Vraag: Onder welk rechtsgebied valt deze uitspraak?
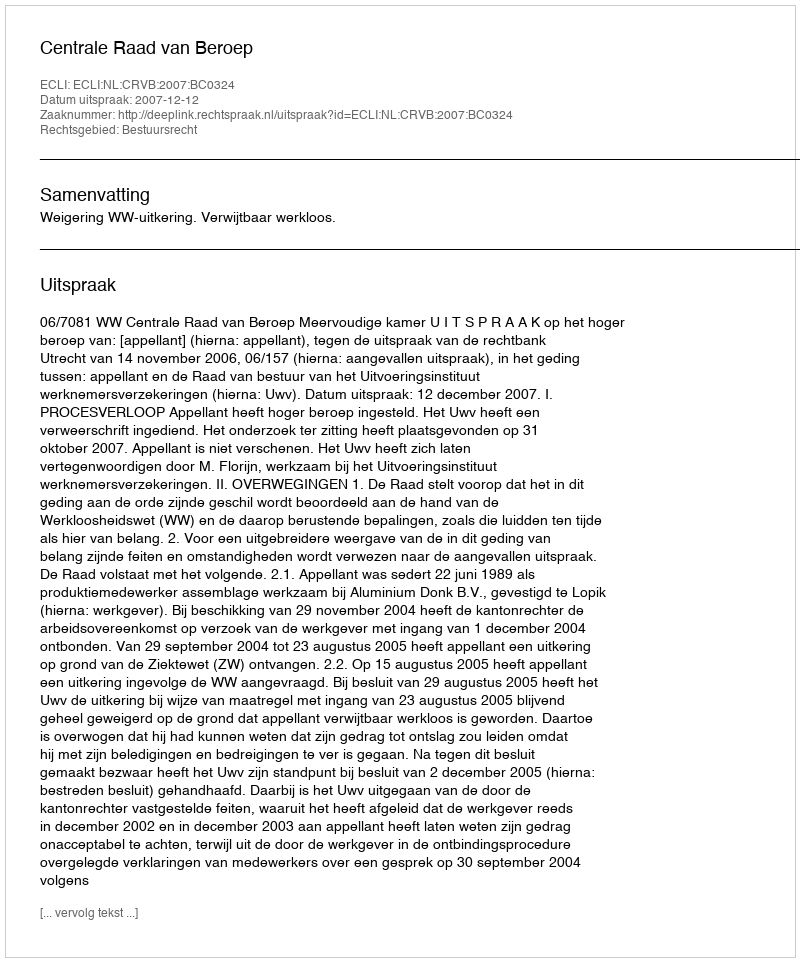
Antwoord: Bestuursrecht